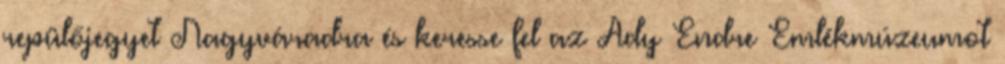
repülőjegyet Nagyváradra és keresse fel az Ady Endre Emlékmúzeumot